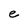
Character: e